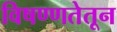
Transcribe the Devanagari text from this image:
विषण्णतेतून